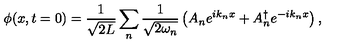
\phi ( x , t = 0 ) = \frac { 1 } { \sqrt { 2 L } } \sum _ { n } \frac { 1 } { \sqrt { 2 \omega _ { n } } } \left( A _ { n } e ^ { i k _ { n } x } + A _ { n } ^ { \dagger } e ^ { - i k _ { n } x } \right) ,